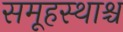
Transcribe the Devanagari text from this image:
समूहस्थाश्च